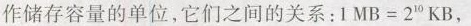
作储存容量的单位，它们之间的关系：$ $ 1 M B = 2 ^ { 1 0 } K B，